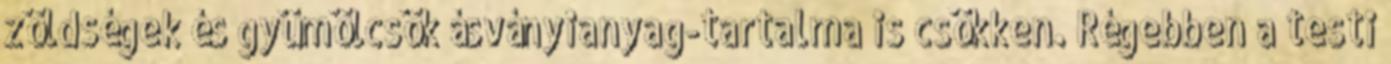
zöldségek és gyümölcsök ásványianyag-tartalma is csökken. Régebben a testi